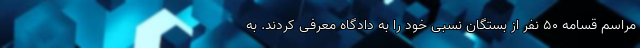
مراسم قسامه ۵۰ نفر از بستگان نسبی خود را به دادگاه معرفی کردند. به